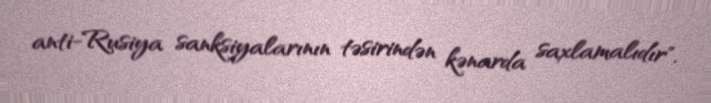
anti-Rusiya sanksiyalarının təsirindən kənarda saxlamalıdır".